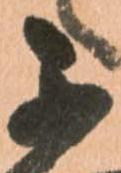
不